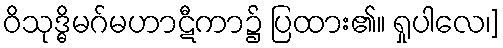
ဝိသုဒ္ဓိမဂ်မဟာဋီကာ၌ ပြထား၏။ ရှုပါလေ၊]